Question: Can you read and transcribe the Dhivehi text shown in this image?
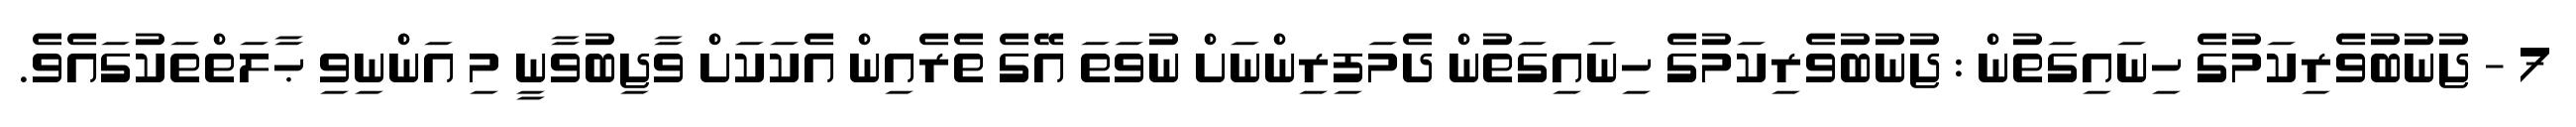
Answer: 7 - ޖުނުބުވެރިކަމުގެ ހިނައިގަތުން : ޖުނުބުވެރިކަމުގެ ހިނައިގަތުން ދެމަފިރިންނަށް ނުވަތަ އޭގެ ތެރެއިން އެކަކަށް ވާޖިބުވާނީ މި އަންނިވި ޙާލަތްތަކުގައެވެ.